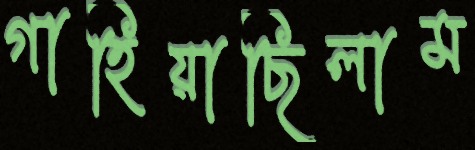
গাহিয়াছিলাম